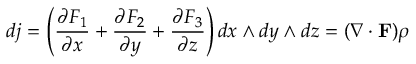
d j = \left( { \frac { \partial F _ { 1 } } { \partial x } } + { \frac { \partial F _ { 2 } } { \partial y } } + { \frac { \partial F _ { 3 } } { \partial z } } \right) d x \wedge d y \wedge d z = ( \nabla \cdot { \mathbf { F } } ) \rho